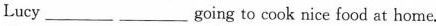
Lucy ___ ___ going to cook nice food at home.